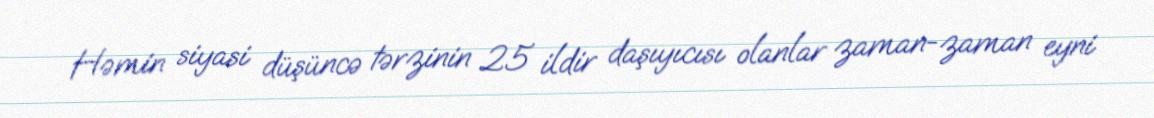
Həmin siyasi düşüncə tərzinin 25 ildir daşıyıcısı olanlar zaman-zaman eyni